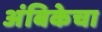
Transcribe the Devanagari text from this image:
अंबिकेचा